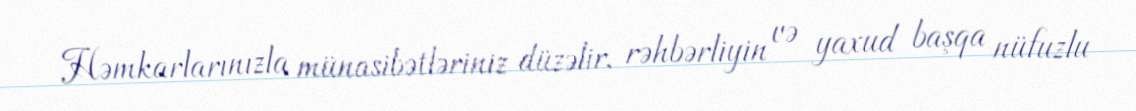
Həmkarlarınızla münasibətləriniz düzəlir, rəhbərliyin və yaxud başqa nüfuzlu